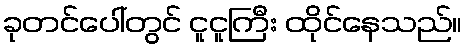
ခုတင်ပေါ်တွင် ငူငူကြီး ထိုင်နေသည်။